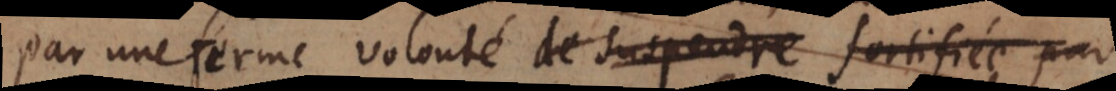
par une ferme volonté de suspendre fortifiée par